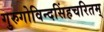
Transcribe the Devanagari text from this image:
गुरुगोविन्दसिंहचरितम्